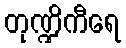
တုဏ္ဍိကီရေ